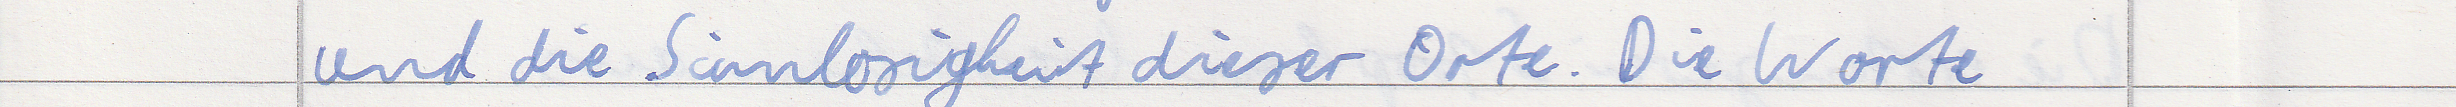
und die Sinnlosigkeit dieser Orte. Die Worte